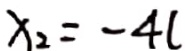
x _ { 2 } = - 4 l